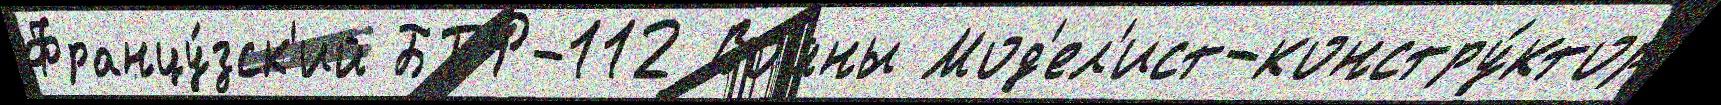
Францу́зск'ий БТР-112 Войны Мод'ел'ист-констру́ктор